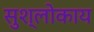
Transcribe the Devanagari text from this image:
सुश्लोकाय